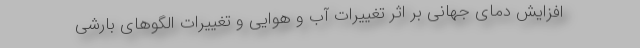
افزایش دمای جهانی بر اثر تغییرات آب و هوایی و تغییرات الگوهای بارشی